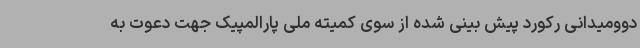
دوومیدانی رکورد پیش بینی شده از سوی کمیته ملی پارالمپیک جهت دعوت به